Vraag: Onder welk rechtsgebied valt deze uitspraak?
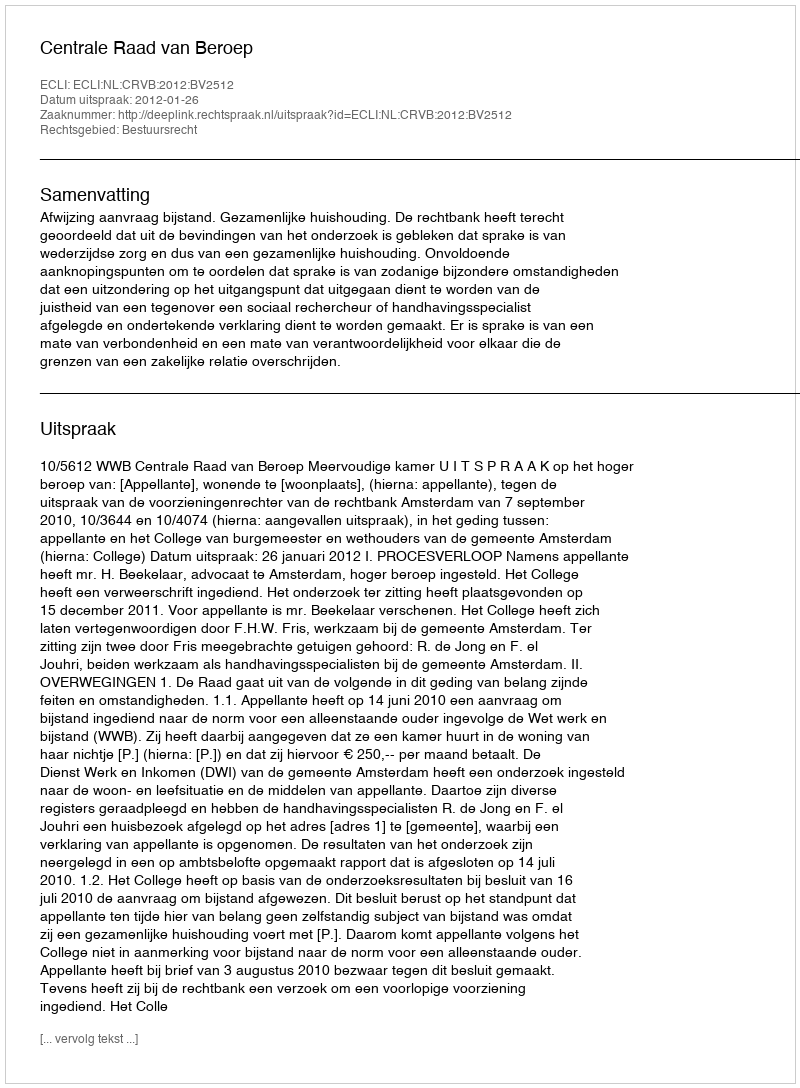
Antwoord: Bestuursrecht